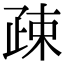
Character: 疎